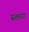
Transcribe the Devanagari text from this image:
सतताग